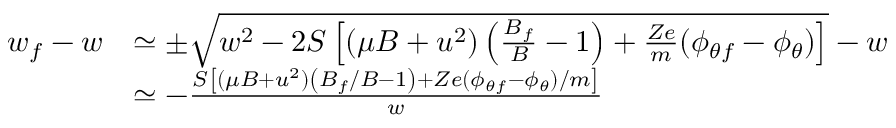
\begin{array} { r l } { w _ { f } - w } & { \simeq \pm \sqrt { w ^ { 2 } - 2 S \left[ ( \mu B + u ^ { 2 } ) \left( \frac { B _ { f } } { B } - 1 \right) + \frac { Z e } { m } ( \phi _ { \theta f } - \phi _ { \theta } ) \right] } - w } \\ & { \simeq - \frac { S \left[ ( \mu B + u ^ { 2 } ) \left( B _ { f } / B - 1 \right) + Z e ( \phi _ { \theta f } - \phi _ { \theta } ) / m \right] } { w } } \end{array}